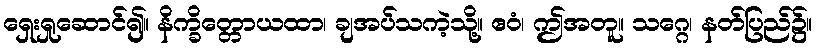
ရှေးရှုဆောင်၍။ နိက္ခိတ္တောယထာ၊ ချအပ်သကဲ့သို့။ ဧဝံ၊ ဤအတူ။ သဂ္ဂေ၊ နတ်ပြည်၌။